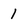
Character: 1